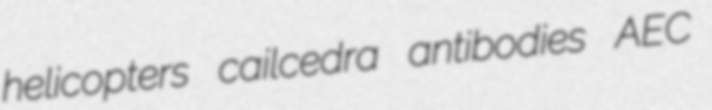
helicopters cailcedra antibodies AEC